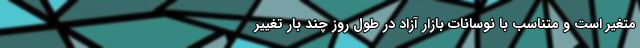
متغیر است و متناسب با نوسانات بازار آزاد در طول روز چند بار تغییر